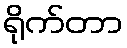
ရိုက်တာ